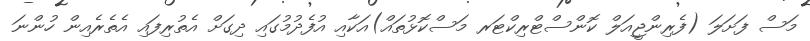
މަސް ފަށަލަ (ފެރިންޖީއަލް ކޮންސްޓްރިކްޓަރ މަސްކޮޅުތައް)އަކާއި އުފެދުމުގައި ދިގަށް އެތުރިފައި އެތެރެއިން ހުންނަ